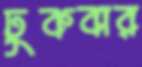
ঢুকবার